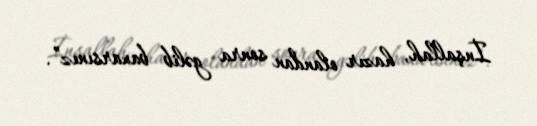
İnşallah, hazır olandan sonra gəlib baxarsınız”.